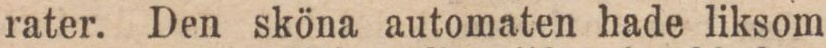
rater. Den sköna automaten hade liksom